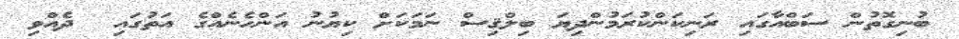
ބުނިގޮތުން ސަބްއާގައި ރަނިކަންކުރަމުންދިޔަ ބިލްޤިސް ނަމަކަށް ކިޔުނު އަންހެނެއްގެ އަތުގައި  ދެއްވި